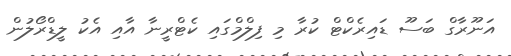
އަނޫރާގް ބަސޫ ޑައިރެކްޓް ކުރާ މި ފިލްމްގައި ކެޓްރީނާ އާއި އެކު ލީޑްރޯލުން